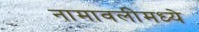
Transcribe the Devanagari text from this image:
नामावलीमध्ये